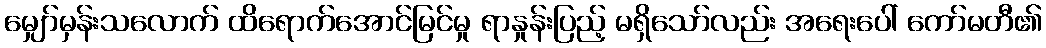
မျှော်မှန်းသလောက် ထိရောက်အောင်မြင်မှု ရာနှုန်းပြည့် မရှိသော်လည်း အရေးပေါ် ကော်မတီ၏